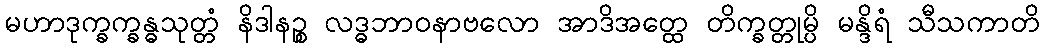
မဟာဒုက္ခက္ခန္ဓသုတ္တံ နိဒါနဉ္စ လဒ္ဓဘာဝနာဗလော အာဒိအတ္ထေ တိက္ခတ္တုမ္ပိ မန္ဒိရံ သီသကာတိ